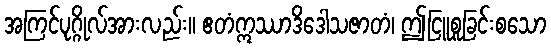
အကြင်ပုဂ္ဂိုလ်အားလည်း။ ဧတံဣဿာဒိဒေါသဇာတံ၊ ဤငြူစူခြင်းစသော